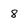
Character: 8